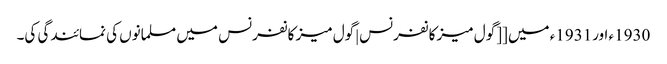
1930ء اور1931ء میں [[گول میز کانفرنس|گول میز کانفرنس میں مسلمانوں کی نمائندگی کی۔